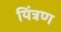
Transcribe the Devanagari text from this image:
यिंत्रण